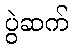
ပွဲဆက်